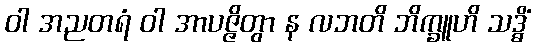
ဝါ အညတရံ ဝါ အာပဇ္ဇိတွာ န လဘတိ ဘိက္ခူဟိ သဒ္ဓိံ